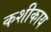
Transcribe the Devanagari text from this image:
कशीकाय